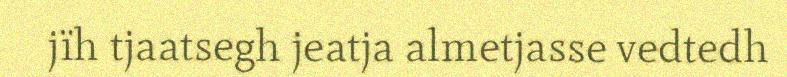
jïh tjaatsegh jeatja almetjasse vedtedh